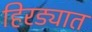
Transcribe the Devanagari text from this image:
हिरड्यात